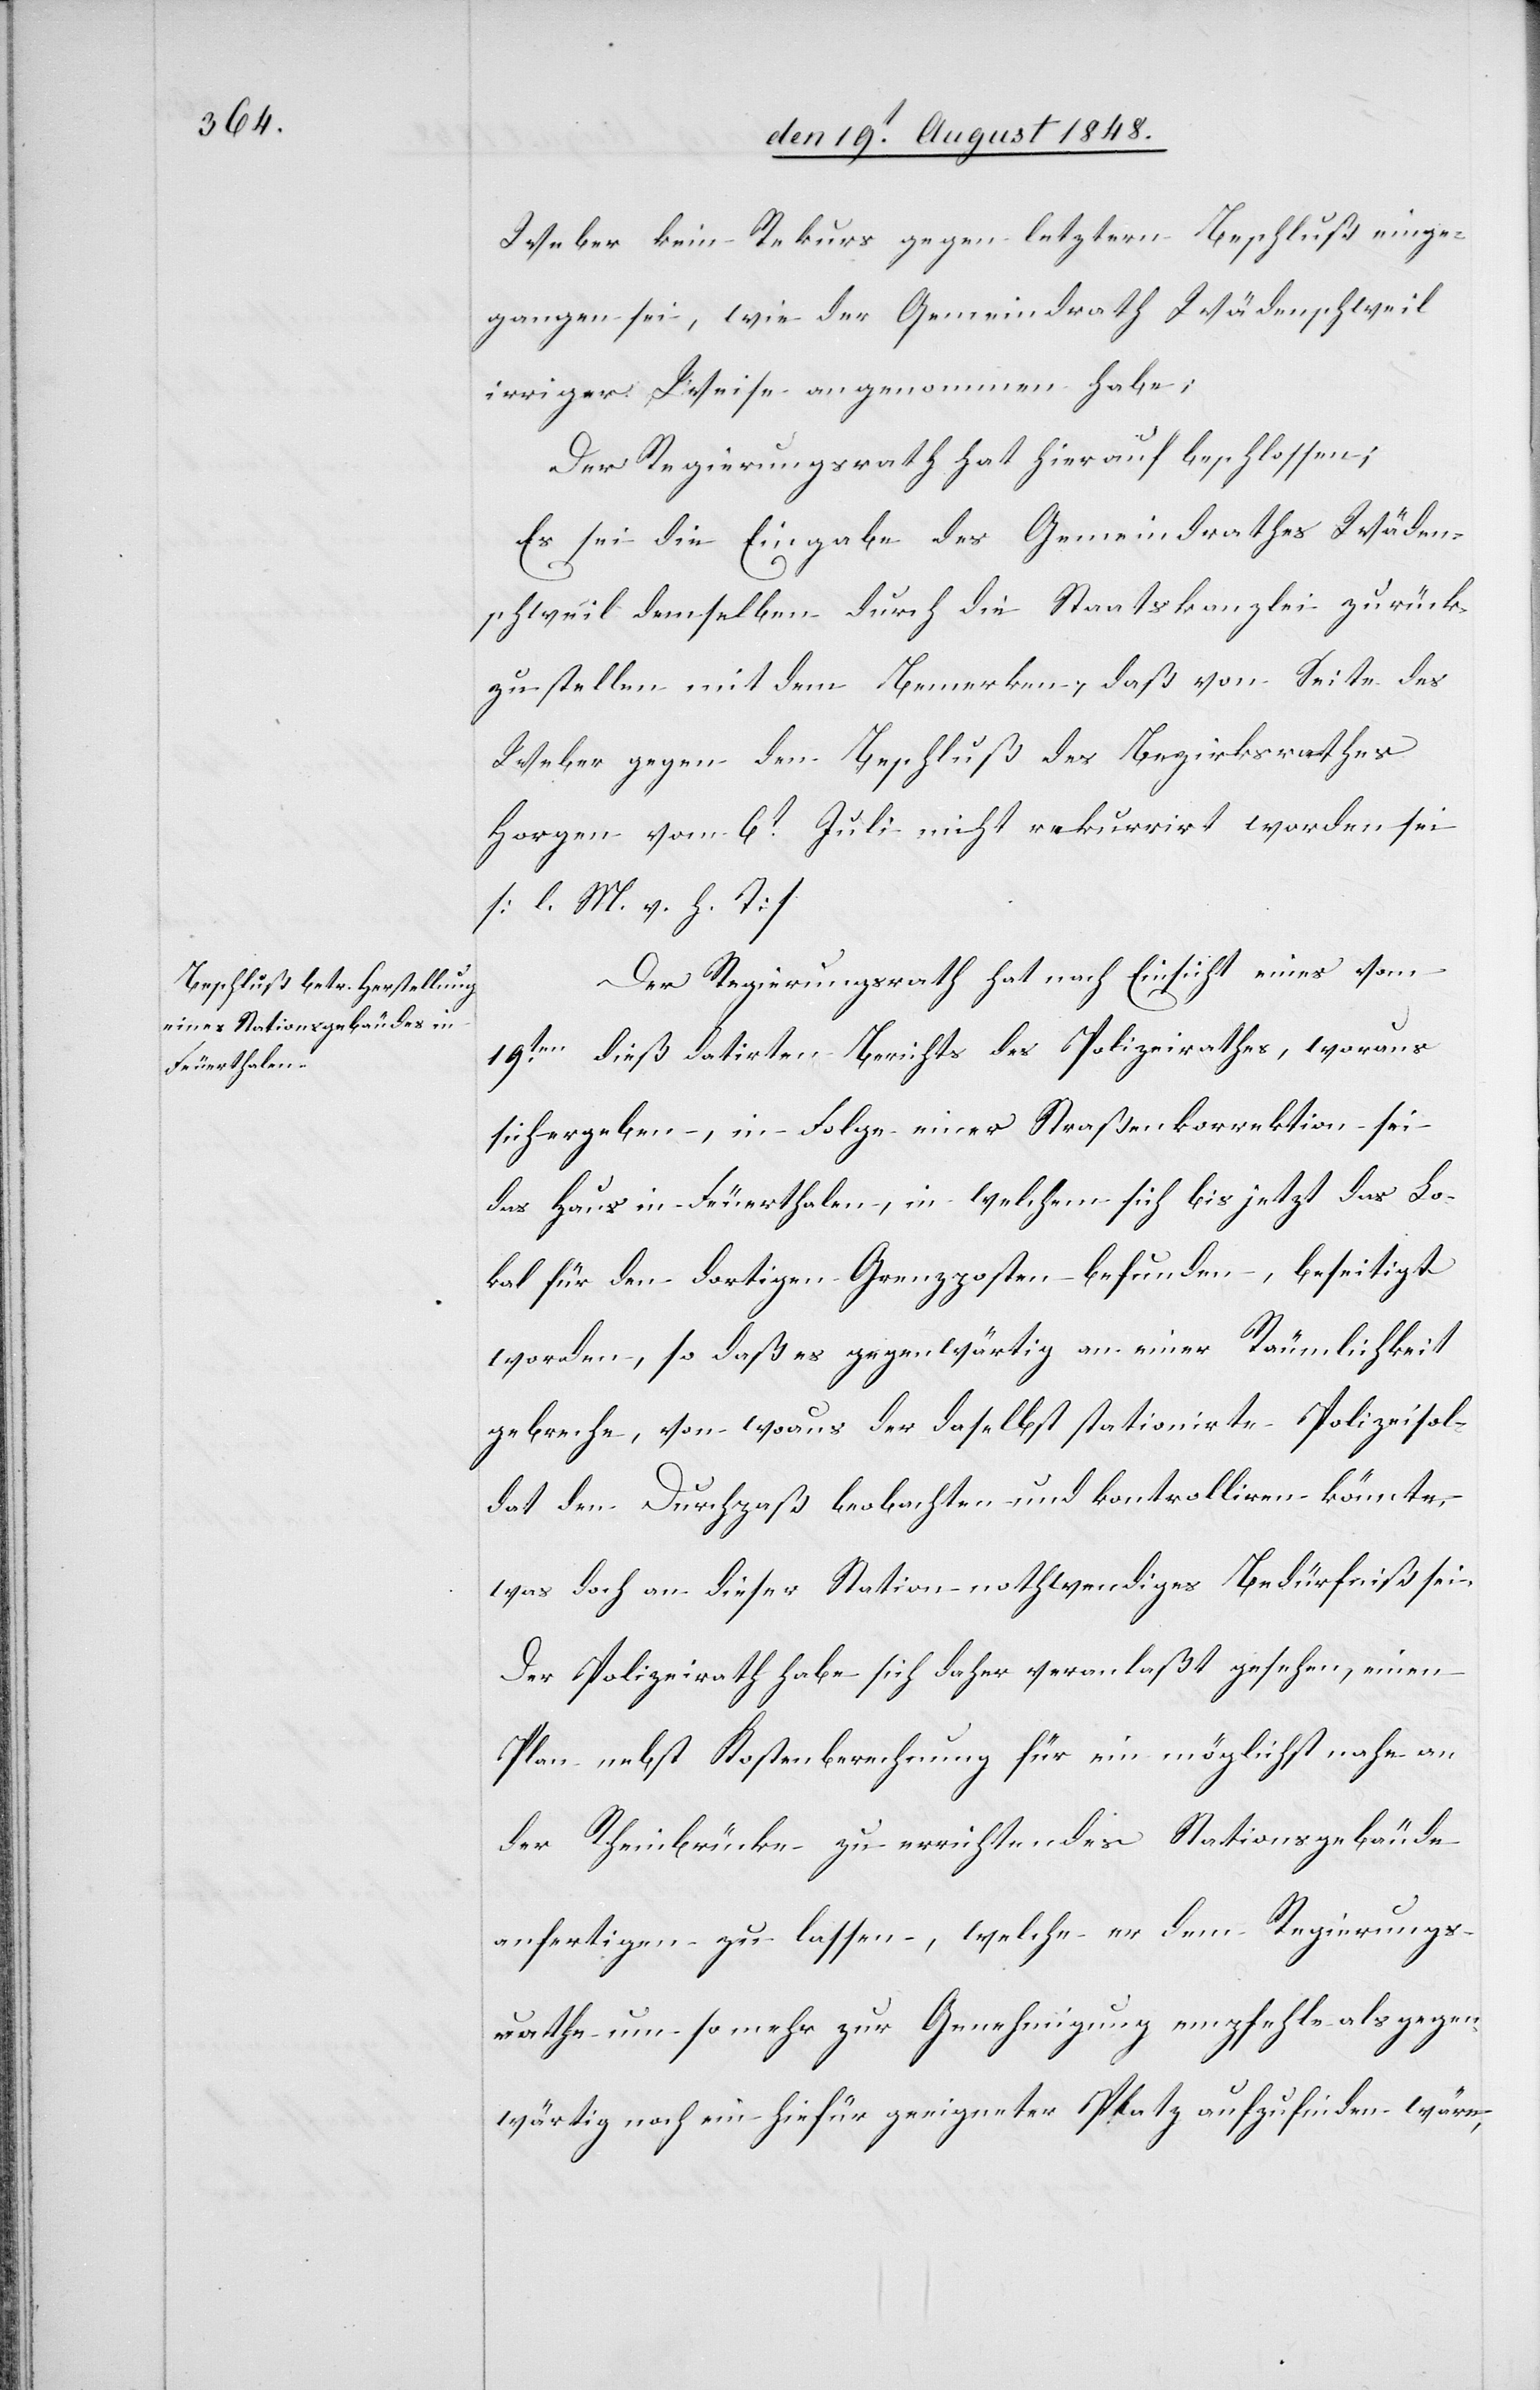
Weber kein Rekurs gegen letztern Beschluß einge¬
gangen sei, wie der Gemeindrath Wädenschweil
irriger Weise angenommen habe:
Der Regierungsrath hat hierauf beschlossen:
Es sei die Eingabe des Gemeindrathes Wäden¬
schweil demselben durch die Staatskanzlei zurück¬
zustellen mit dem Bemerken, daß von Seite des
Weber gegen den Beschluß des Bezirksrathes
Horgen vom 6t Juli nicht rekurrirt worden sei
[l. M. v. h. T]